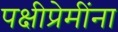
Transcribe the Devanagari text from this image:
पक्षीप्रेमींना